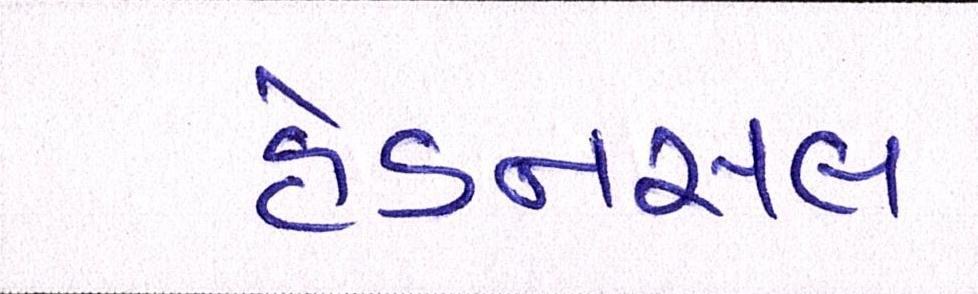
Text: હેડનસલ